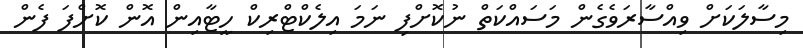
މިސާލަކަށް ވިއްސާރަވެގެން މަސައްކަތް ނުކޮށްފި ނަމަ އިލެކްޓްރިކް ހީޓާއިން އޮން ކޮށްފަ ފެން